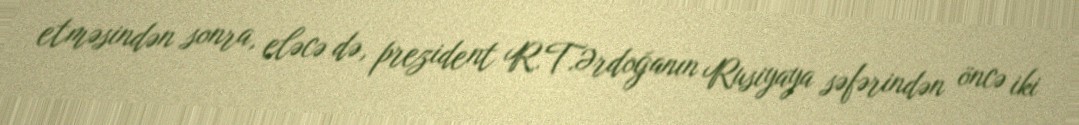
etməsindən sonra, eləcə də, prezident R.T.Ərdoğanın Rusiyaya səfərindən öncə iki